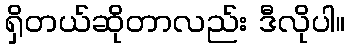
ရှိတယ်ဆိုတာလည်း ဒီလိုပါ။